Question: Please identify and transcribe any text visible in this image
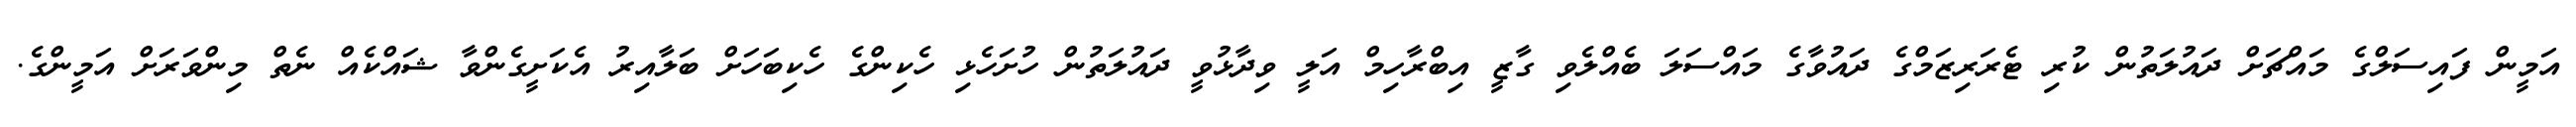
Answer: އަމީން ފައިސަލްގެ މައްޗަށް ދައުލަތުން ކުރި ޓެރަރިޒަމްގެ ދައުވާގެ މައްސަލަ ބެއްލެވި ގާޒީ އިބްރާހިމް އަލީ ވިދާޅުވީ ދައުލަތުން ހުށަހެޅި ހެކިންގެ ހެކިބަހަށް ބަލާއިރު އެކަށީގެންވާ ޝައްކެއް ނެތް މިންވަރަށް އަމީންގެ.